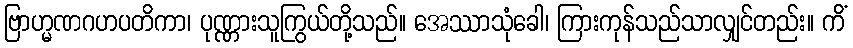
ဗြာဟ္မဏဂဟပတိကာ၊ ပုဏ္ဏားသူကြွယ်တို့သည်။ အေဿာသုံခေါ၊ ကြားကုန်သည်သာလျှင်တည်း။ ကိံ